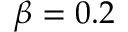
\beta = 0 . 2